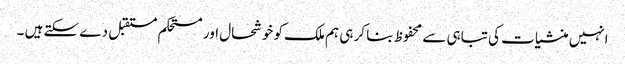
انہیں منشیات کی تباہی سے محفوظ بنا کر ہی ہم ملک کو خوشحال اور مستحکم مستقبل دے سکتے ہیں ۔